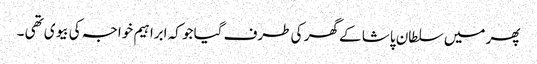
پھر میں سلطان پاشا کے گھر کی طرف گیا جو کہ ابراہیم خواجہ کی بیوی تھی ۔